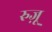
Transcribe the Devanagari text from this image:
रुज़ू